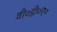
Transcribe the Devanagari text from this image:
वी०डी०ए०